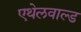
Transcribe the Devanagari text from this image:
एथेलवाल्ड